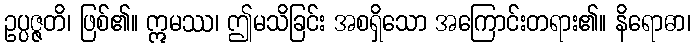
ဥပ္ပဇ္ဇတိ၊ ဖြစ်၏။ ဣမဿ၊ ဤမသိခြင်း အစရှိသော အကြောင်းတရား၏။ နိရောဓာ၊